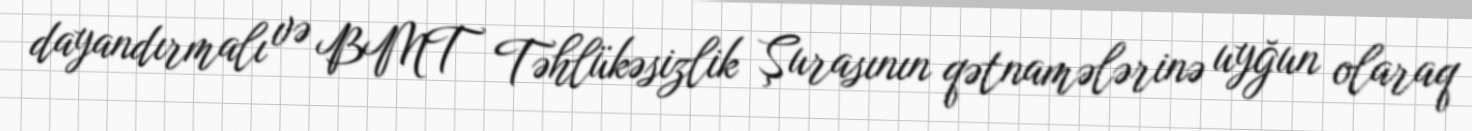
dayandırmalı və BMT Təhlükəsizlik Şurasının qətnamələrinə uyğun olaraq